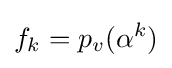
f_{k}=p_{v}(\alpha ^{k})